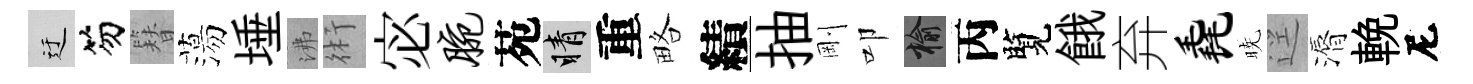
迂笏簪蕩埵沸術宓腕苑睛重略績抽剛叩榆丙覽餓弃毳暁逕漘輓尼